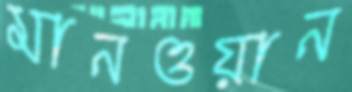
মানওয়ান